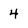
Character: 4